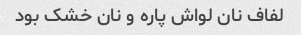
لفاف نان لواش پاره و نان خشک بود